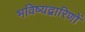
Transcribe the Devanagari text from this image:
भविष्यद्वारिणों